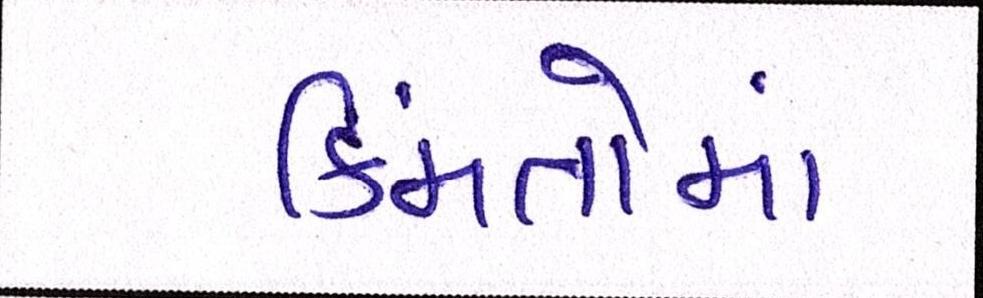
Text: કિંમતોમાં